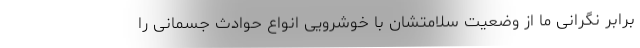
برابر نگرانی ما از وضعیت سلامتشان با خوشرویی انواع حوادث جسمانی را